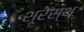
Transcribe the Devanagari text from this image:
श्रेस्थ